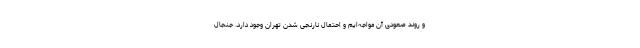
و روند صعودی آن مواجه‌ایم و احتمال نارنجی شدن تهران وجود دارد. جنجال